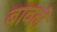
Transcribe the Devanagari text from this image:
बावले